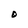
Character: O